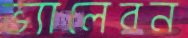
ভ্যালেরন